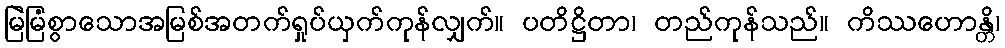
မြဲမြံစွာသောအမြစ်အတက်ရှုပ်ယှက်ကုန်လျှက်။ ပတိဋ္ဌိတာ၊ တည်ကုန်သည်။ ကိဿဟောန္တိ၊